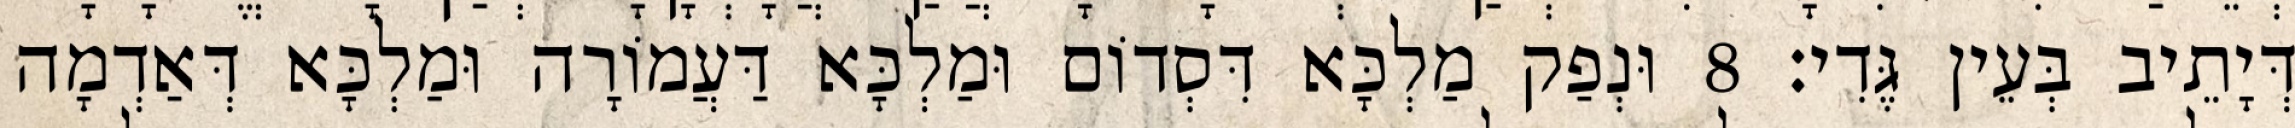
דְּיָתֵיב בְּעֵין גֶּדִי׃ 8 וּנְפַק מַלְכָּא דִּסְדוֹם וּמַלְכָּא דַּעֲמוֹרָה וּמַלְכָּא דְּאַדְמָה